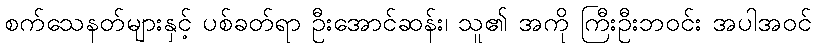
စက်သေနတ်များနှင့် ပစ်ခတ်ရာ ဦးအောင်ဆန်း၊ သူ၏ အကို ကြီးဦးဘဝင်း အပါအဝင်